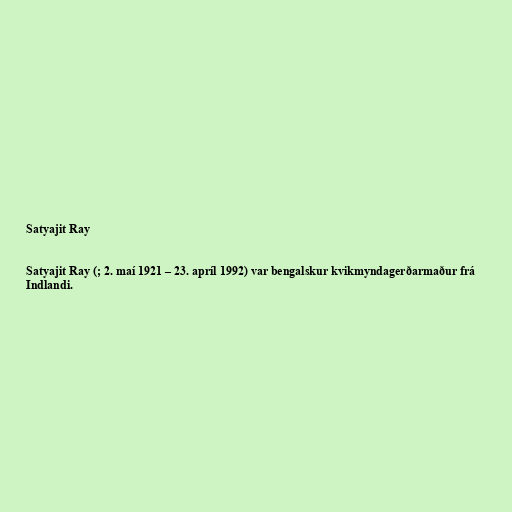
Satyajit Ray

Satyajit Ray (; 2. maí 1921 – 23. apríl 1992) var bengalskur kvikmyndagerðarmaður frá
Indlandi.